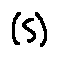
( S )